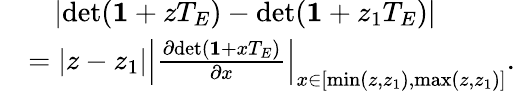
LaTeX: \begin{array}{rl}&{~~~\left|\mathrm{det}({\mathbf 1}+zT_{E})-\mathrm{det}({\mathbf 1}+z_{1}T_{E})\right|}\\ &{=|z-z_{1}|\left|\frac{\partial\mathrm{det}({\mathbf 1}+xT_{E})}{\partial x}\right|_{x\in[\mathrm{min}(z,z_{1}),\mathrm{max}(z,z_{1})]}.}\end{array}